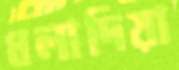
ধলাদিয়া